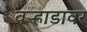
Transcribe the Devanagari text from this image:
वऱ्हाडावर